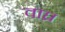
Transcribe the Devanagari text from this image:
वाघ्र